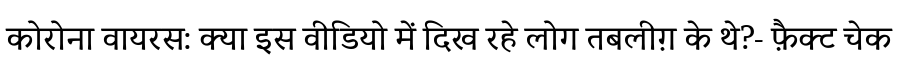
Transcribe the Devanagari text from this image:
कोरोना वायरस: क्या इस वीडियो में दिख रहे लोग तबलीग़ के थे?- फ़ैक्ट चेक